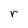
Character: r